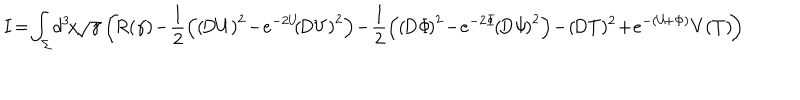
\! \! \! \! I \! = \! \int _ { \Sigma } \! d ^ { 3 } \! x \! \sqrt { \gamma } \left( \! R ( \gamma ) \! - \! { \frac { 1 } { 2 } } \! \left( \left( \! D U \right) ^ { 2 } \! - \! e ^ { - 2 U } \! \! \left( \! D V \right) ^ { 2 } \right) \! - \! { \frac { 1 } { 2 } } \! \left( \left( \! D \Phi \! \right) ^ { 2 } \! - \! e ^ { - 2 \Phi } \! \left( \! D \Psi \! \right) ^ { 2 } \right) \! - \! \left( \! D T \right) \! ^ { 2 } \! + \! e ^ { - ( U \! + \Phi ) } V ( T ) \! \right)